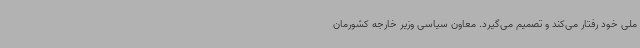
ملی خود رفتار می‌کند و تصمیم می‌گیرد. معاون سیاسی وزیر خارجه کشورمان